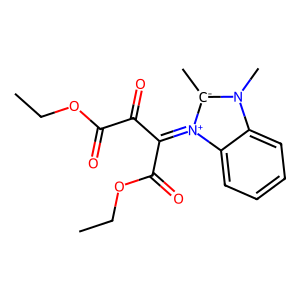
SMILES: CCOC(=O)C(=O)C(C(=O)OCC)=[N+]1c2ccccc2N(C)[C-]1C
Inhibits HIV replication: No